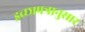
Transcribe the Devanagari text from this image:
इच्छापत्रानुसार